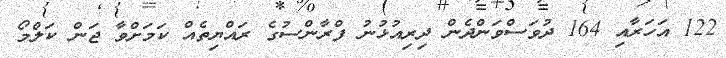
122 އަހަރާއި 164 ދުވަސްވަންދެން ދިރިއުޅުނު ފްރާންސުގެ ރައްޔިތެއް ކަމަށްވާ ޖަން ކަލްމޯ